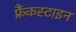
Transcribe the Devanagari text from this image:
फ्रैंकस्टाइन